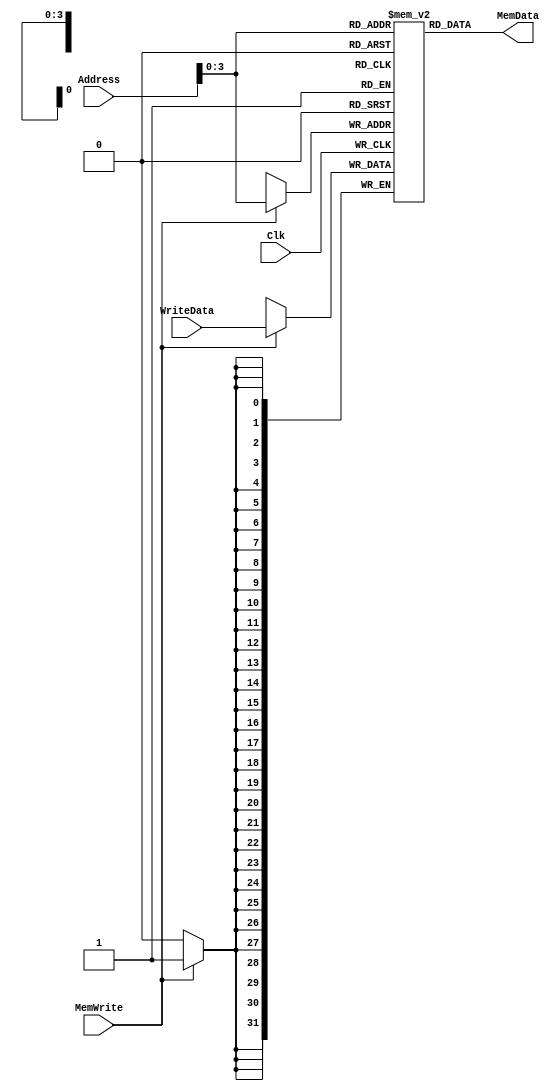
`timescale 1ns / 1ps
//////////////////////////////////////////////////////////////////////////////////
// Company: 
// Engineer: 
// 
// Design Name: 
// Module Name:    DataMemory 
// Project Name: 
// Target Devices: 
// Tool versions: 
// Description: 
//
// Dependencies: 
//
// Revision: 
// Revision 0.01 - File Created
// Additional Comments: 

// This behavioral code generates into single-port RAM on the FPGA.
// Assume the memory contains garbage data (all Xs) until you have
// overwritten it.
//
// ADDRESS_WIDTH: the number of memory addresses is 2 to the power 
// of this number.
//
// DATA_WIDTH: the size of each element in the memory.
//
// Number of word bits DATA_WIDTH.
//
module DataMemory(WriteData,   // Input data into the memory
						MemData,     // Output data from the memory
						Address,     // Address of data to be read/written
						MemWrite,    // When high, causes write to take place on posedge
						Clk);        // Clock

parameter ADDRESS_WIDTH = 16;
parameter DATA_WIDTH = 32;

//-------------Input Ports-----------------------------
input [DATA_WIDTH-1:0]       WriteData;
input [ADDRESS_WIDTH-1:0]    Address;
input MemWrite;
input Clk;
//-------------Output Ports----------------------------
output [DATA_WIDTH-1:0] MemData;
//-------------Wires-----------------------------------
//-------------Other-----------------------------------
reg [DATA_WIDTH-1:0] mem_contents [ADDRESS_WIDTH-1:0];
integer i;
//------------Code Starts Here-------------------------

assign MemData= mem_contents[Address];

always @(posedge Clk)
begin
	if(MemWrite)
	begin
		mem_contents[Address]<= #5 WriteData;
	end
end

endmodule